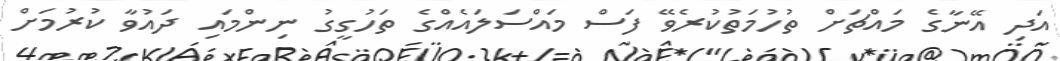
އަދި އޭނާގެ މައްޗަށް ތުހުމަތުކުރެވޭ ފަސް މައްސަލައެއްގެ ތަހުގީގު ނިންމައި ދައުވާ ކުރުމަށް